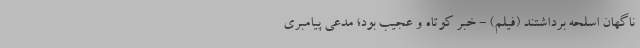
ناگهان اسلحه برداشتند (فیلم) - خبر کوتاه و عجیب بود؛ مدعی پیامبری